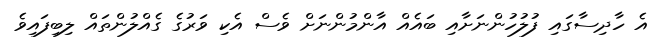
އެ ހާދިސާގައި ފުލުހުންނަށާއި ބައެއް އާންމުންނަށް ވެސް އެކި ވަރުގެ ގެއްލުންތައް ލިބިފައިވެ